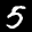
Label: 5